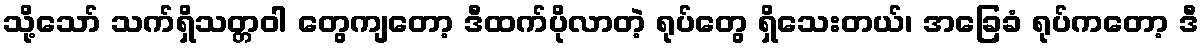
သို့သော် သက်ရှိသတ္တဝါ တွေကျတော့ ဒီထက်ပိုလာတဲ့ ရုပ်တွေ ရှိသေးတယ်၊ အခြေခံ ရုပ်ကတော့ ဒီ